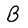
Character: B